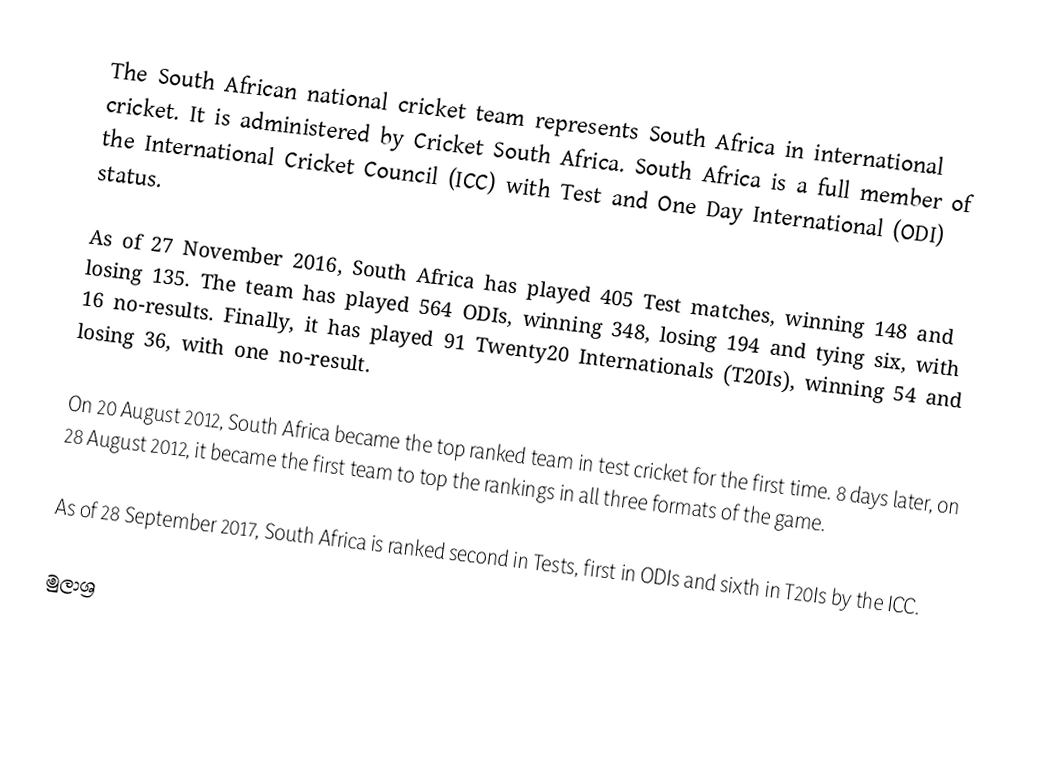
The South African national cricket team represents South Africa in international cricket. It is administered by Cricket South Africa. South Africa is a full member of the International Cricket Council (ICC) with Test and One Day International (ODI) status.

As of 27 November 2016, South Africa has played 405 Test matches, winning 148 and losing 135. The team has played 564 ODIs, winning 348, losing 194 and tying six, with 16 no-results. Finally, it has played 91 Twenty20 Internationals (T20Is), winning 54 and losing 36, with one no-result.

On 20 August 2012, South Africa became the top ranked team in test cricket for the first time. 8 days later, on 28 August 2012, it became the first team to top the rankings in all three formats of the game.

As of 28 September 2017, South Africa is ranked second in Tests, first in ODIs and sixth in T20Is by the ICC.

මුලාශ්‍ර